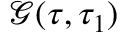
\mathcal { G } ( \tau , \tau _ { 1 } )